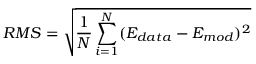
R M S = \sqrt { \frac { 1 } { N } \sum _ { i = 1 } ^ { N } ( E _ { d a t a } - E _ { m o d } ) ^ { 2 } }